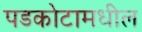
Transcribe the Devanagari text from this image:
पडकोटामधील